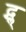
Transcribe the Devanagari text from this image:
द्ग्ल्